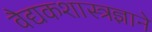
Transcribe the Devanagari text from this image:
वैद्यकशास्त्रज्ञाने